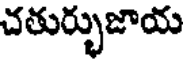
చతుర్భుజాయ